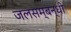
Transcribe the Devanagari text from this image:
जलसम्बन्धी